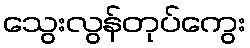
သွေးလွန်တုပ်ကွေး